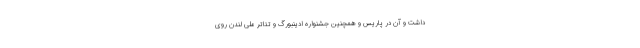
داشت و آن در پاریس و همچنین جشنواره ادینبورگ و تئاتر ملی لندن روی